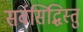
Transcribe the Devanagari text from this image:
सर्वसिद्धिस्तु